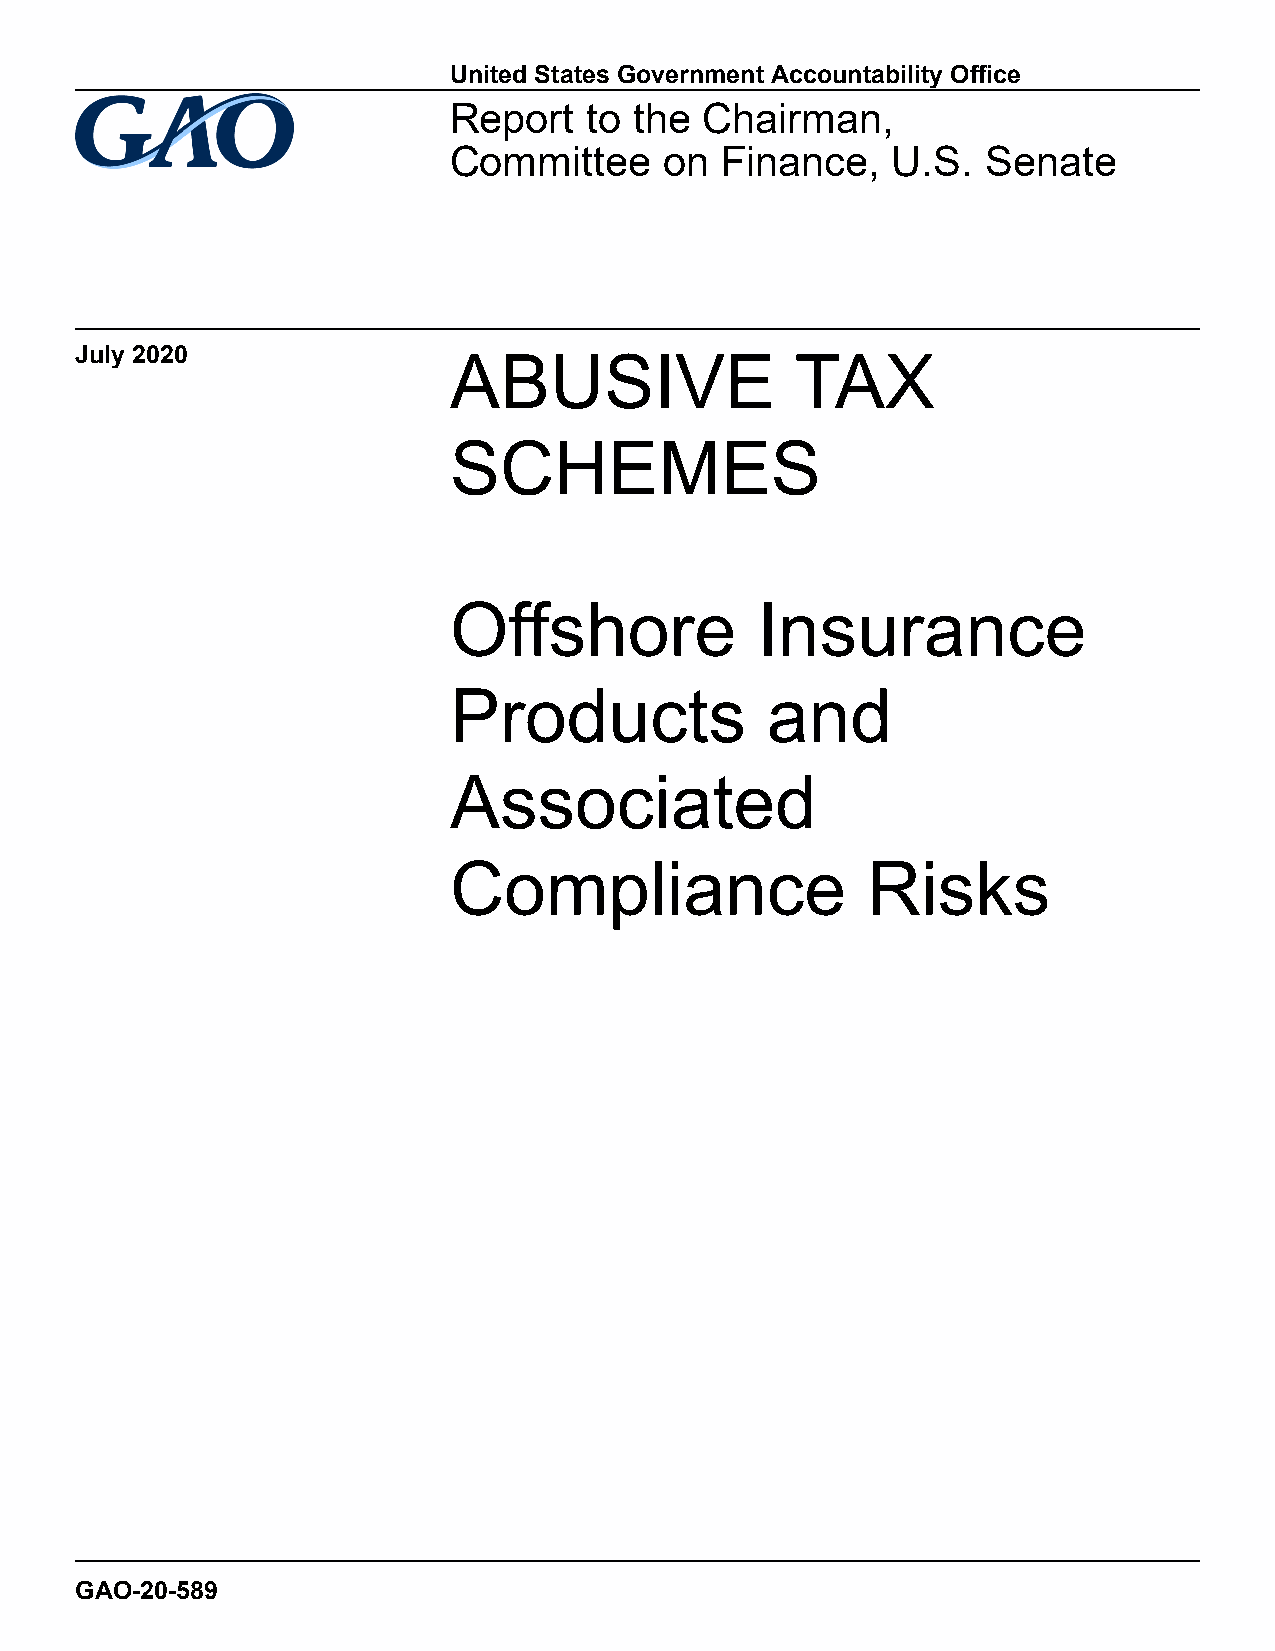
United States Government Accountability Office
 Report   to the  Chairman,
 Committee     on  Finance,   U.S.  Senate
 July 2020
 ABUSIVE                TAX
 SCHEMES
 Offshore            Insurance
 Products             and
 Associated
 Compliance                 Risks
 GAO-20-589